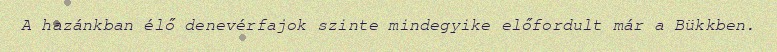
A hazánkban élő denevérfajok szinte mindegyike előfordult már a Bükkben.